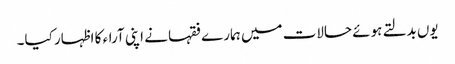
یوں بدلتے ہوئے حالات میں ہمارے فقہا نے اپنی آراء کا اظہار کیا۔